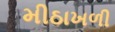
મીઠાખળી